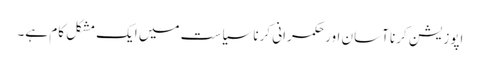
اپوزیشن کرنا آسان اور حکمرانی کرنا سیاست میں ایک مشکل کام ہے۔